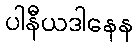
ပါနီယဒါနေန